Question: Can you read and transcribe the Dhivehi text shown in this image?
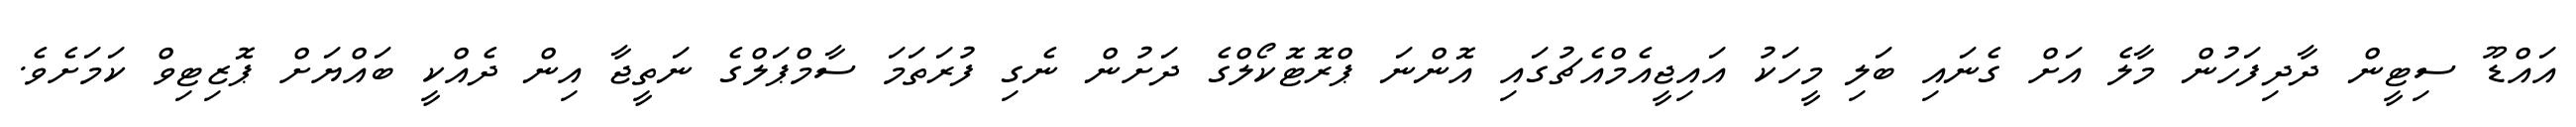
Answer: އައްޑޫ ސިޓީން ދާދިފަހުން މާލެ އަށް ގެނައި ބަލި މީހަކު އައިޖީއެމްއެޗުގައި އޮންނަ ޕްރޮޓޮކޯލްގެ ދަށުން ނެގި ފުރަތަމަ ސާމްޕަލްގެ ނަތީޖާ އިން ދެއްކީ ބައްޔަށް ޕޮޒިޓިވް ކަމަށެވެ.